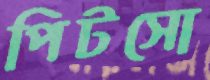
পিটসো